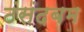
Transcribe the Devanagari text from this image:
ठंसंदबम